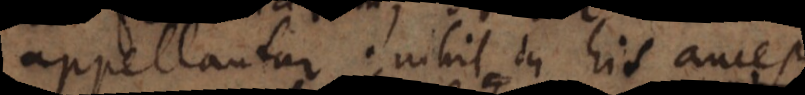
appellantur; nihil in his a